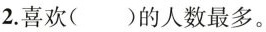
2.喜欢( )的人数最多。